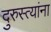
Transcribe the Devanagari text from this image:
दुरुस्त्यांना